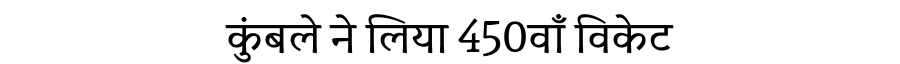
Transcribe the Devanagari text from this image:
कुंबले ने लिया 450वाँ विकेट